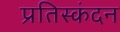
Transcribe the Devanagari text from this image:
प्रतिस्कंदन